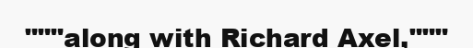
"""along with Richard Axel,"""